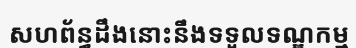
សហព័ន្ធដឹងនោះនឹងទទួលទណ្ឌកម្ម